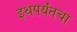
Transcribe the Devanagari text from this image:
इथपर्यंतचा